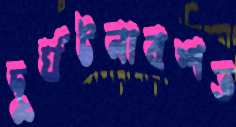
দুর্ঘটনাবশত